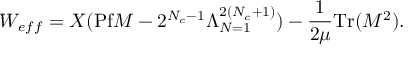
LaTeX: W _ { e f f } = X ( \mathrm { P f } M - 2 ^ { N _ { c } - 1 } \Lambda _ { N = 1 } ^ { 2 ( N _ { c } + 1 ) } ) - \frac { 1 } { 2 \mu } \mathrm { T r } ( M ^ { 2 } ) .